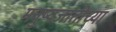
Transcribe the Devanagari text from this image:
मनुष्यजातीच्या